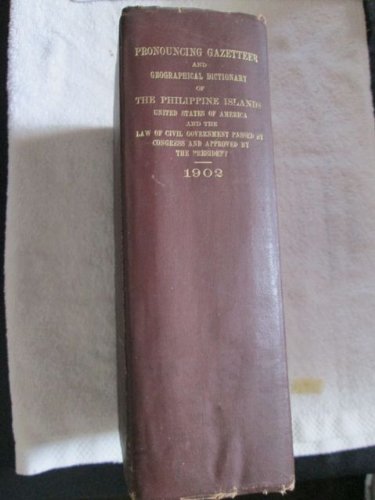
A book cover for A Pronouncing Gazetteer and Geographical Dictionary of the Philippine Islands, United States of America, with Maps, Charts, and Illustrations. Also the Law of Civil Government in the Philippine Islands Passed By Congress and Approved by the President July; War Department Bureau of Insular Affairs; Travel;